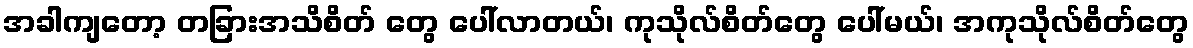
အခါကျတော့ တခြားအသိစိတ် တွေ ပေါ်လာတယ်၊ ကုသိုလ်စိတ်တွေ ပေါ်မယ်၊ အကုသိုလ်စိတ်တွေ